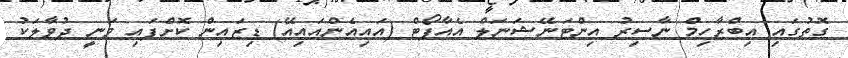
ގޮތުގައި އިބްރާހިމް ނާސިރު އިންޓަނޭޝަނަލް އެއާޕޯޓް (އައިއެންއައިއޭ) ޑިޒައިން ކޮށްފައި ވަނީ ދުވާލަކު